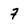
Character: 7